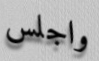
واجلس